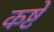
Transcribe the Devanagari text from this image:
कष्टे